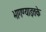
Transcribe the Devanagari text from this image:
भागण्याइतके